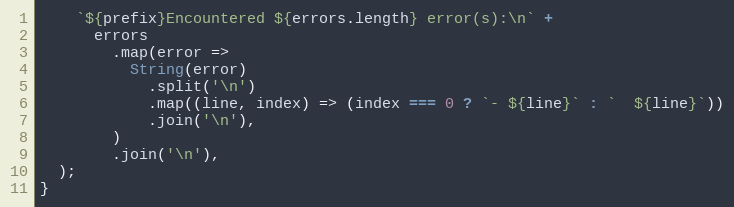
Language: JavaScript
    `${prefix}Encountered ${errors.length} error(s):\n` +
      errors
        .map(error =>
          String(error)
            .split('\n')
            .map((line, index) => (index === 0 ? `- ${line}` : `  ${line}`))
            .join('\n'),
        )
        .join('\n'),
  );
}